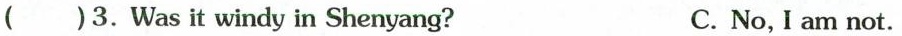
( ) 3.Was it windy in Shenyang? C.No,I am not.